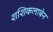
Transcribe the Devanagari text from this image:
शशिकलाबेन